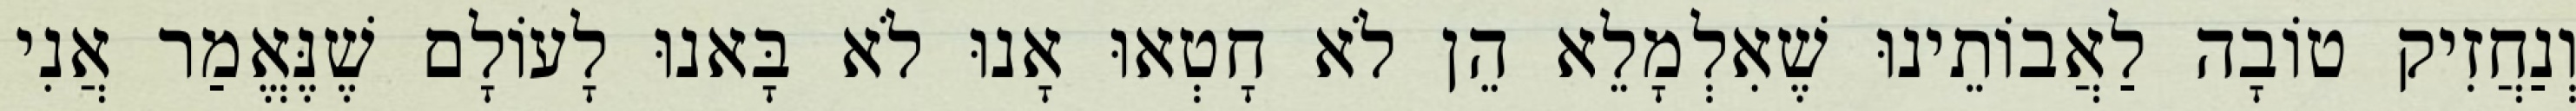
וְנַחֲזִיק טוֹבָה לַאֲבוֹתֵינוּ שֶׁאִלְמָלֵא הֵן לֹא חָטְאוּ אָנוּ לֹא בָּאנוּ לָעוֹלָם שֶׁנֶּאֱמַר אֲנִי